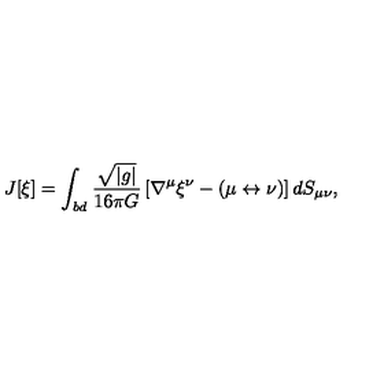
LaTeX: J [ \xi ] = \int _ { \it b d } \frac { \sqrt { \left| { g } \right| } } { 1 6 \pi G } \left[ \nabla ^ { \mu } \xi ^ { \nu } - ( \mu \leftrightarrow \nu ) \right] d S _ { \mu \nu } ,